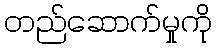
တည်ဆောက်မှုကို